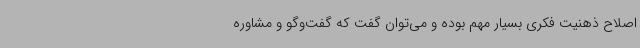
اصلاح ذهنیت فکری بسیار مهم بوده و می‌توان گفت که گفت‌وگو و مشاوره